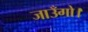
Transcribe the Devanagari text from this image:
जाउँगो।